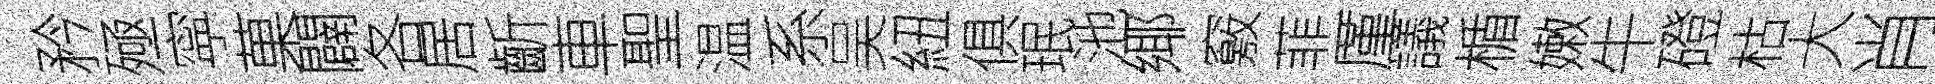
矜殛寜菓闢各居齗車聖温系吴紐俱珉池鄊竅菲厪議楯嫩牛磴枯大肖饌